Indian journal of veterinary science and animal husbandry - Volumes 28-29, 1958-1959
Year: 1958
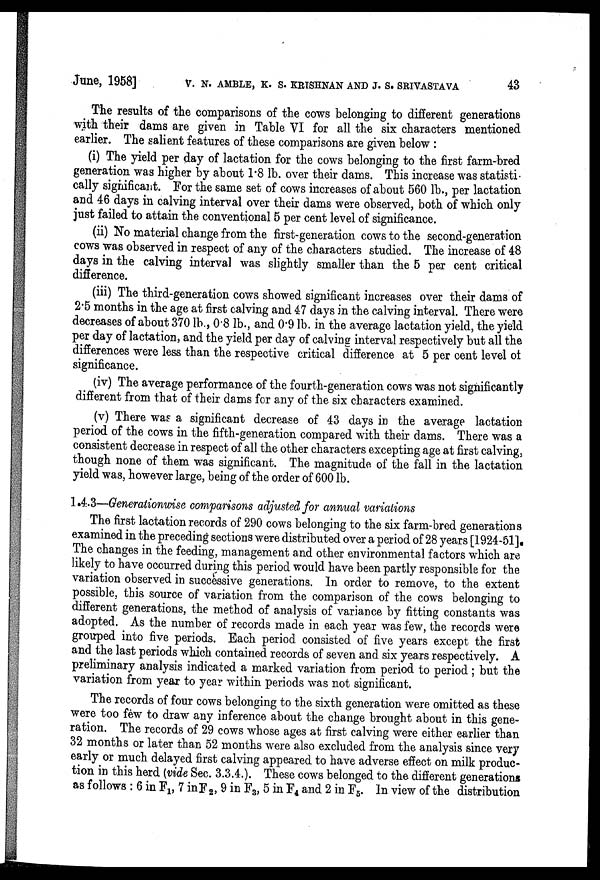
June, 1958] V. N. AMBLE, K. S. KRISHNAN AND J. S. SRIVASTAVA 43
The results of the comparisons of the cows belonging to different generations
with their dams are given in Table VI for all the six characters mentioned
earlier. The salient features of these comparisons are given below :
(i) The yield per day of lactation for the cows belonging to the first farm-bred
generation was higher by about 1.8 lb. over their dams. This increase was statisti-
cally significant. For the same set of cows increases of about 560 lb., per lactation
and 46 days in calving interval over their dams were observed, both of which only
just failed to attain the conventional 5 per cent level of significance.
(ii) No material change from the first-generation cows to the second-generation
cows was observed in respect of any of the characters studied. The increase of 48
days in the calving interval was slightly smaller than the 5 per cent critical
difference.
(iii) The third-generation cows showed significant increases over their dams of
2.5 months in the age at first calving and 47 days in the calving interval. There were
decreases of about 370 lb., 0.8 lb., and 0.9 lb. in the average lactation yield, the yield
per day of lactation, and the yield per day of calving interval respectively but all the
differences were less than the respective critical difference at 5 per cent level of
significance.
(iv) The average performance of the fourth-generation cows was not significantly
different from that of their dams for any of the six characters examined.
(v) There was a significant decrease of 43 days in the average lactation
period of the cows in the fifth-generation compared with their dams. There was a
consistent decrease in respect of all the other characters excepting age at first calving,
though none of them was significant. The magnitude of the fall in the lactation
yield was, however large, being of the order of 600 lb.
1.4.3—Generationwise comparisons adjusted for annual variations
The first lactation records of 290 cows belonging to the six farm-bred generations
examined in the preceding sections were distributed over a period of 28 years [1924-51].
The changes in the feeding, management and other environmental factors which are
likely to have occurred during this period would have been partly responsible for the
variation observed in successive generations. In order to remove, to the extent
possible, this source of variation from the comparison of the cows belonging to
different generations, the method of analysis of variance by fitting constants was
adopted. As the number of records made in each year was few, the records were
grouped into five periods. Each period consisted of five years except the first
and the last periods which contained records of seven and six years respectively. A
preliminary analysis indicated a marked variation from period to period ; but the
variation from year to year within periods was not significant.
The records of four cows belonging to the sixth generation were omitted as these
were too few to draw any inference about the change brought about in this gene-
ration. The records of 29 cows whose ages at first calving were either earlier than
32 months or later than 52 months were also excluded from the analysis since very
early or much delayed first calving appeared to have adverse effect on milk produc-
tion in this herd (vide Sec. 3.3.4.). These cows belonged to the different generations
as follows : 6 in F 1 , 7 in F 2 , 9 in F 3 , 5 in F 4 and 2 in F 5 . In view of the distribution